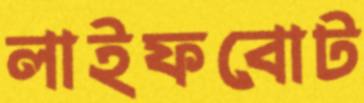
লাইফবোট